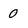
Character: 0